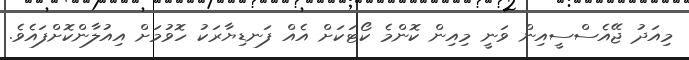
މިއަދު ޖޭއެސްސީއިން ވަނީ މިއިން ކޮންމެ ކޯޓަކަށް އެއް ފަނޑިޔާރަކު ހޮވުމަށް އިއުލާންކޮށްފައެވެ.